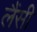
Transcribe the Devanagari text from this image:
लैंसी